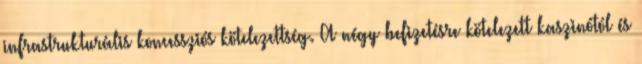
infrastrukturális koncessziós kötelezettség. A négy befizetésre kötelezett kaszinótól és